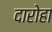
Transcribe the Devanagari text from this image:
दारोहा